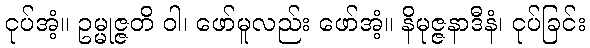
ငုပ်အံ့။ ဥမ္မုဇ္ဇတိ ဝါ၊ ဖော်မူလည်း ဖော်အံ့။ နိမုဇ္ဇနာဒီနံ၊ ငုပ်ခြင်း